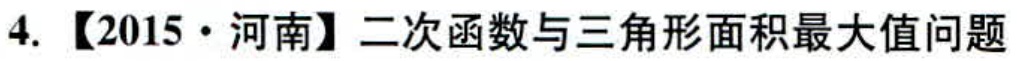
4.【2015·河南】二次函数与三角形面积最大值问题